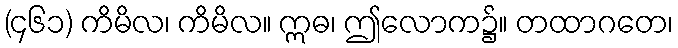
(၄၆၁) ကိမိလ၊ ကိမိလ။ ဣဓ၊ ဤလောက၌။ တထာဂတေ၊